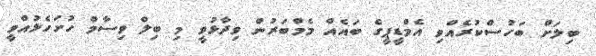
ބިލަށް ބަހުސްކުރެއްވި އެމްޑީޕީގެ ބައެއް މެމްބަރުން ވިދާޅުވީ މި ބިލް ވިސާމް ހުށަހެޅުއްވީ